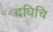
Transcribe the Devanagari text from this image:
दधिचि